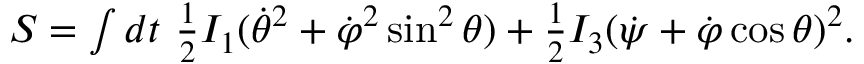
\begin{array} { r } { S = \int d t ~ \frac 1 2 I _ { 1 } ( \dot { \theta } ^ { 2 } + \dot { \varphi } ^ { 2 } \sin ^ { 2 } \theta ) + \frac 1 2 I _ { 3 } ( \dot { \psi } + \dot { \varphi } \cos \theta ) ^ { 2 } . } \end{array}